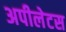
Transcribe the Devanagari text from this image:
अपीलेटस